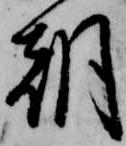
朝